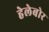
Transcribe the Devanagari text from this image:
हेलेबोर